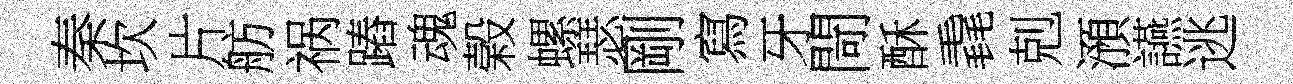
秦坎片舫祸蹖魂榖螺瑟剛寫牙閜酥毳剋澦讌逃